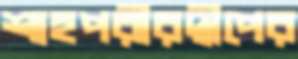
শাহপরীরদ্বীপের